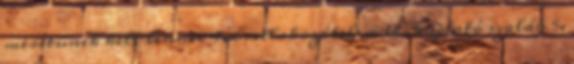
méretûnek kell lennie 4. csatlakozótelem 14. koptató szalag 5.